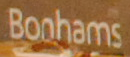
Bonhams